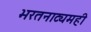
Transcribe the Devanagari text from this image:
भरतनाट्यमही